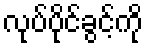
လုပ်ပိုင်ခွင့်ကို